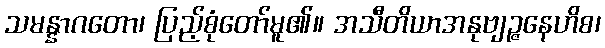
သမန္နာဂတော၊ ပြည့်စုံတော်မူ၏။ အသီတိယာအနုဗျဉ္ဇနေဟိစ၊